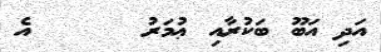
އަދި އަބޫ ބަކުރާއި ޢުމަރު      އެ